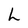
Character: L